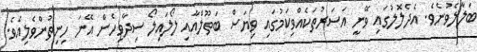
ބަލާލެވުނެވެ. އެދެލޮލުގައި ވޭނީ އަސަރުތަކެއްވިކަމުގައި ވިޔަސް ބަތޫލްއާއި ލޯލައިލޯ ސިދާވިހެން އޭނަ ހިނިތުންވެލިއެވެ.